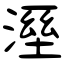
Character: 溼